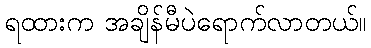
ရထားက အချိန်မီပဲရောက်လာတယ်။